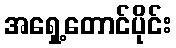
အရှေ့တောင်ပိုင်း